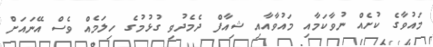
މައުވާގެ ކުށެއް ނުވާކަމާއި މައުވާއާއި ޝިއާފް ދެމެދުވި ގުޅުމުގެ ހިލަމެއް ވެސް އޭނައަށް